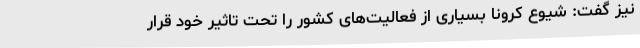
نیز گفت: شیوع کرونا بسیاری از فعالیت‌های کشور را تحت تاثیر خود قرار